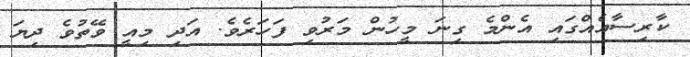
ކާރިސާއެއްގައި އެންމެ ގިނަ މީހުން މަރުވި ފަހަރެވެ. އަދި މިއީ ވޭތުވެ ދިޔަ